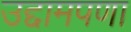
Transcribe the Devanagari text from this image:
उद्दामपणा